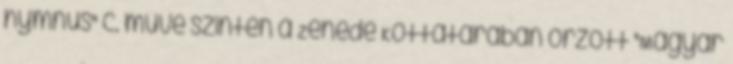
hymnus" c. műve szintén a Zenede Kottatárában őrzött "Magyar